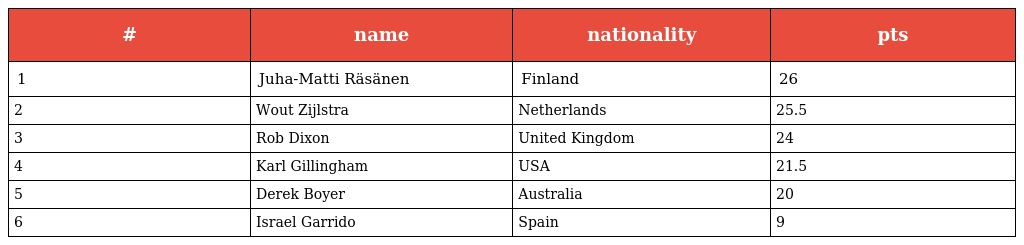
| # | name | nationality | pts |
 | --- | --- | --- | --- |
 | 1 | Juha-Matti Räsänen | Finland | 26 |
 | 2 | Wout Zijlstra | Netherlands | 25.5 |
 | 3 | Rob Dixon | United Kingdom | 24 |
 | 4 | Karl Gillingham | USA | 21.5 |
 | 5 | Derek Boyer | Australia | 20 |
 | 6 | Israel Garrido | Spain | 9 |